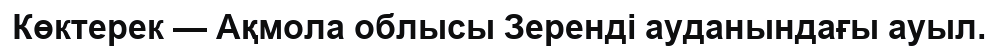
Көктерек — Ақмола облысы Зеренді ауданындағы ауыл.